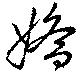
嬌